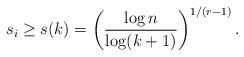
LaTeX: \begin{align*}s_i\ge s(k)= \left(\frac{\log n}{\log (k+1)}\right)^{1/(r-1)}.\end{align*}